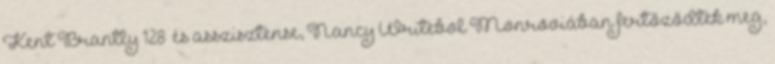
Kent Brantly 128 és asszisztense, Nancy Writebol Monroviában fertőződtek meg,